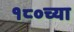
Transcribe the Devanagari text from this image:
१८०च्या